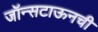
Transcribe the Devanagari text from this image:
जॉन्सटाऊनची